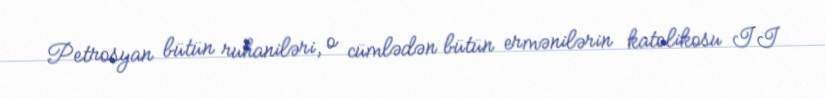
Petrosyan bütün ruhaniləri, o cümlədən bütün ermənilərin katolikosu II